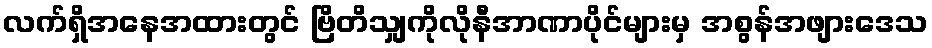
လက်ရှိအနေအထားတွင် ဗြိတိသျှကိုလိုနီအာဏာပိုင်များမှ အစွန်အဖျားဒေသ